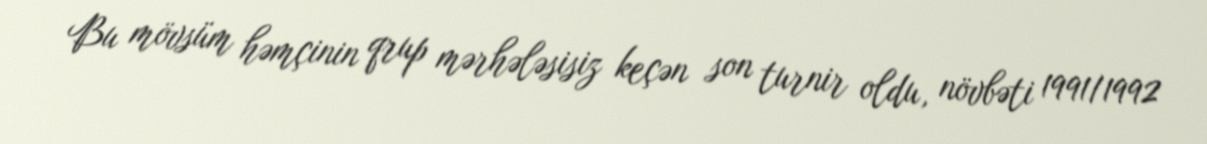
Bu mövsüm həmçinin qrup mərhələsisiz keçən son turnir oldu, növbəti 1991/1992